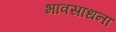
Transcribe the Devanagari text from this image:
भावसाधना